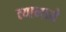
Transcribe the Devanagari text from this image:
त्‍यामध्‍ये